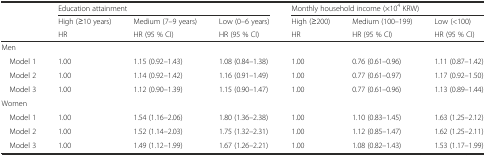
<table><thead><tr><td></td><td colspan="3"><b>Education attainment</b></td><td colspan="3"><b>Monthly household income (×10<sup>4</sup> KRW)</b></td></tr><tr><td></td><td><b>High (≥10 years)</b></td><td><b>Medium (7–9 years)</b></td><td><b>Low (0–6 years)</b></td><td><b>High (≥200)</b></td><td><b>Medium (100–199)</b></td><td><b>Low (&lt;100)</b></td></tr><tr><td></td><td><b>HR</b></td><td><b>HR (95 % CI)</b></td><td><b>HR (95 % CI)</b></td><td><b>HR</b></td><td><b>HR (95 % CI)</b></td><td><b>HR (95 % CI)</b></td></tr></thead><tbody><tr><td>Men</td><td></td><td></td><td></td><td></td><td></td><td></td></tr><tr><td> Model 1</td><td>1.00</td><td>1.15 (0.92–1.43)</td><td>1.08 (0.84–1.38)</td><td>1.00</td><td>0.76 (0.61–0.96)</td><td>1.11 (0.87–1.42)</td></tr><tr><td> Model 2</td><td>1.00</td><td>1.14 (0.92–1.42)</td><td>1.16 (0.91–1.49)</td><td>1.00</td><td>0.77 (0.61–0.97)</td><td>1.17 (0.92–1.50)</td></tr><tr><td> Model 3</td><td>1.00</td><td>1.12 (0.90–1.39)</td><td>1.15 (0.90–1.47)</td><td>1.00</td><td>0.77 (0.61–0.96)</td><td>1.13 (0.89–1.44)</td></tr><tr><td>Women</td><td></td><td></td><td></td><td></td><td></td><td></td></tr><tr><td> Model 1</td><td>1.00</td><td>1.54 (1.16–2.06)</td><td>1.80 (1.36–2.38)</td><td>1.00</td><td>1.10 (0.83–1.45)</td><td>1.63 (1.25–2.12)</td></tr><tr><td> Model 2</td><td>1.00</td><td>1.52 (1.14–2.03)</td><td>1.75 (1.32–2.31)</td><td>1.00</td><td>1.12 (0.85–1.47)</td><td>1.62 (1.25–2.11)</td></tr><tr><td> Model 3</td><td>1.00</td><td>1.49 (1.12–1.99)</td><td>1.67 (1.26–2.21)</td><td>1.00</td><td>1.08 (0.82–1.43)</td><td>1.53 (1.17–1.99)</td></tr></tbody></table>